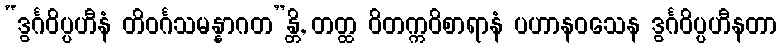
“ဒွင်္ဂဝိပ္ပဟီနံ တိဝင်္ဂသမန္နာဂတ”န္တိ, တတ္ထ ဝိတက္ကဝိစာရာနံ ပဟာနဝသေန ဒွင်္ဂဝိပ္ပဟီနတာ